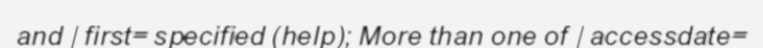
and |first= specified (help); More than one of |accessdate=